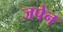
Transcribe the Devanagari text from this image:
जपेन